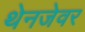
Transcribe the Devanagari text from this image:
थेनजेवर